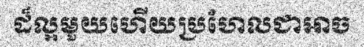
ដ៏ល្អមួយហើយប្រហែលជាអាច